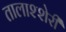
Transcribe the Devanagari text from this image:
तालाश्शेरी